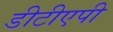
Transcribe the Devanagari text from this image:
डीटीएपी